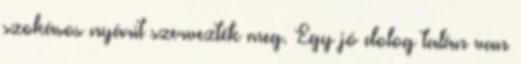
szokásos nyárit szervezték meg. Egy jó dolog talán van